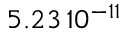
5 . 2 3 \, 1 0 ^ { - 1 1 }